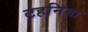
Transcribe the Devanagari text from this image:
टहनिया